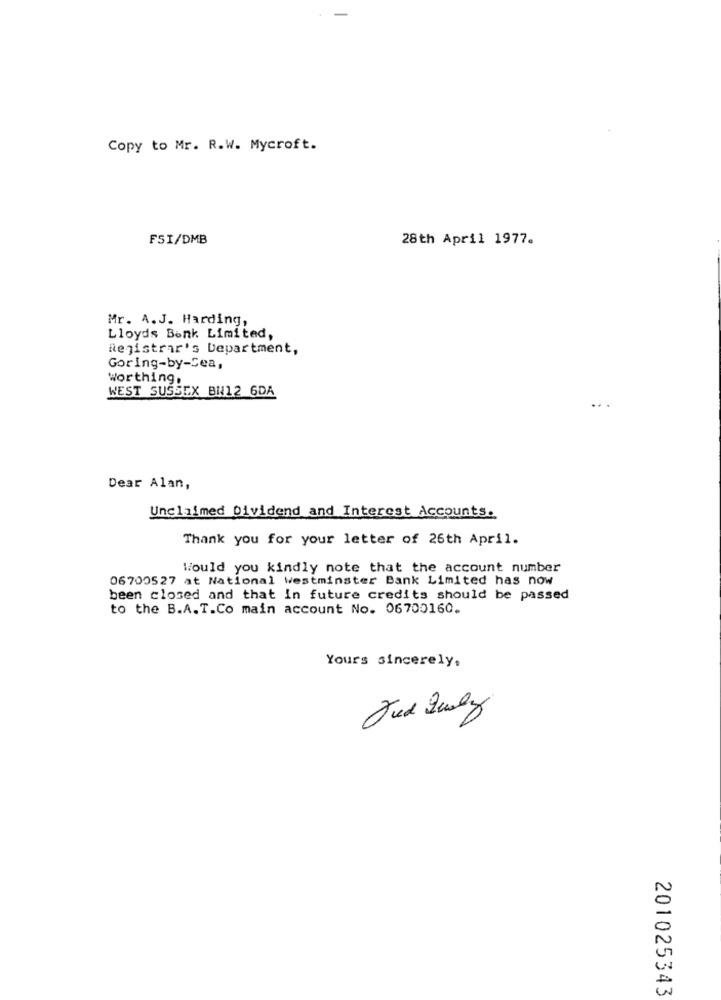
Copy to Mr. R.W. Mycroft.
FSI/DMB
28th April 1977.
Mr. A.J. Harding,
Lloyds Bank Limited,
Registrar's Department,
Goring-by-Cea,
Worthing.
WEST SUSSEX BN12 6DA
Dear Alan,
Unclaimed Dividend and Interest Accounts.
Thank you for your letter of 26th April.
Would you kindly note that the account number
06700527 at National Westminster Bank Limited has now
been closed and that in future credits should be passed
to the B.A.T.Co main account No. 06700160.
Yours sincerely,
Jud July
201025343